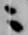
ニ